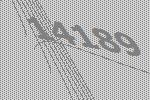
14189